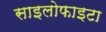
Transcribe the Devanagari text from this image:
साइलोफाइटा